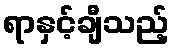
ရာနှင့်ချီသည့်